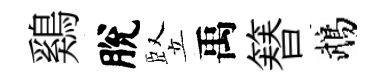
鷄脫竪禹簮鵡